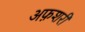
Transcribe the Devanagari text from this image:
अफ़शरी